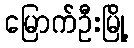
မြောက်ဦးမြို့